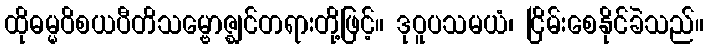
ထိုဓမ္မဝိစယပီတိသမ္ဗောဇ္ဈင်တရားတို့ဖြင့်။ ဒုဝူပသမယံ၊ ငြိမ်းစေနိုင်ခဲသည်။